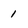
Character: 1